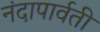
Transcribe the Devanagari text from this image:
नंदापार्वती